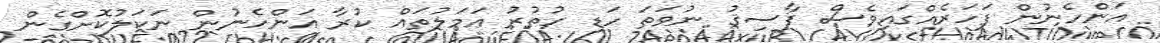
އަންހެނުން ފަހަރެއްގައިވެސް ފާސިޤު ނުވަތަ ހަޑި ހުތުރު ޢަމަލުތައް ކުރާ އަންހެނުން ނަކަލުކޮށްގެން